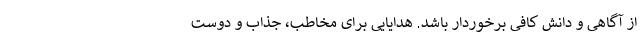
از آگاهی و دانش کافی برخوردار باشد. هدایایی برای مخاطب، جذاب و دوست